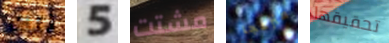
تلك 5 مشتت منزعجا تحقيقها